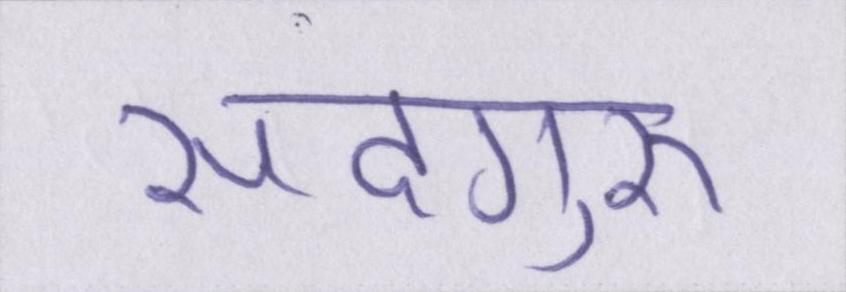
सदगुरू